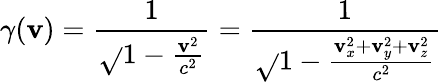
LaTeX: \gamma(\mathbf{v})={\frac{{1}}{{\sqrt{}{{1-{\frac{{\mathbf{v}^{2}}}{{c^{2}}}}}}}}}={\frac{{1}}{{\sqrt{}{{1-{\frac{{\mathbf{v}_{x}^{2}+\mathbf{v}_{y}^{2}+\mathbf{v}_{z}^{2}}}{{c^{2}}}}}}}}}